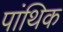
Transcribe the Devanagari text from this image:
पांथिक